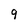
Character: 9